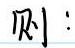
则：